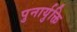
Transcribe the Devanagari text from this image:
पुनार्युक्ति